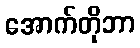
အောက်တိုဘာ